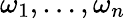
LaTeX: \omega_{1},\ldots,\omega_{n}